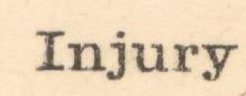
Injury